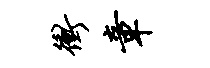
冲章